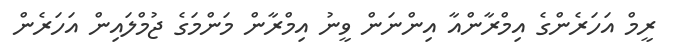
ރީމް އަހަރެންގެ އިމްރާންއާ އިންނަން ވީނު އިމްރާން މަންމަގެ ޖުމްލައިން އަހަރެން